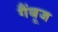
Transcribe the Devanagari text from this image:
गैंबूज